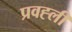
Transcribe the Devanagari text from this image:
प्रवह्ली